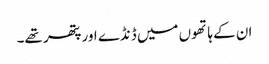
ان کے ہاتھوں میں ڈنڈے اور پتھر تھے۔